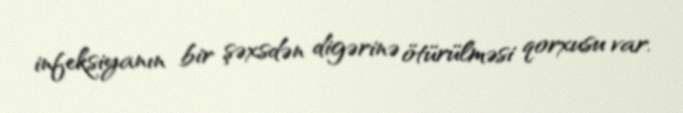
infeksiyanın bir şəxsdən digərinə ötürülməsi qorxusu var.